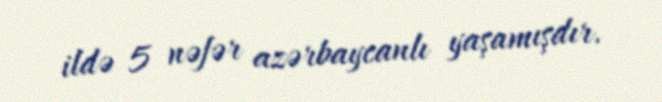
ildə 5 nəfər azərbaycanlı yaşamışdır.